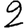
Digit: 2